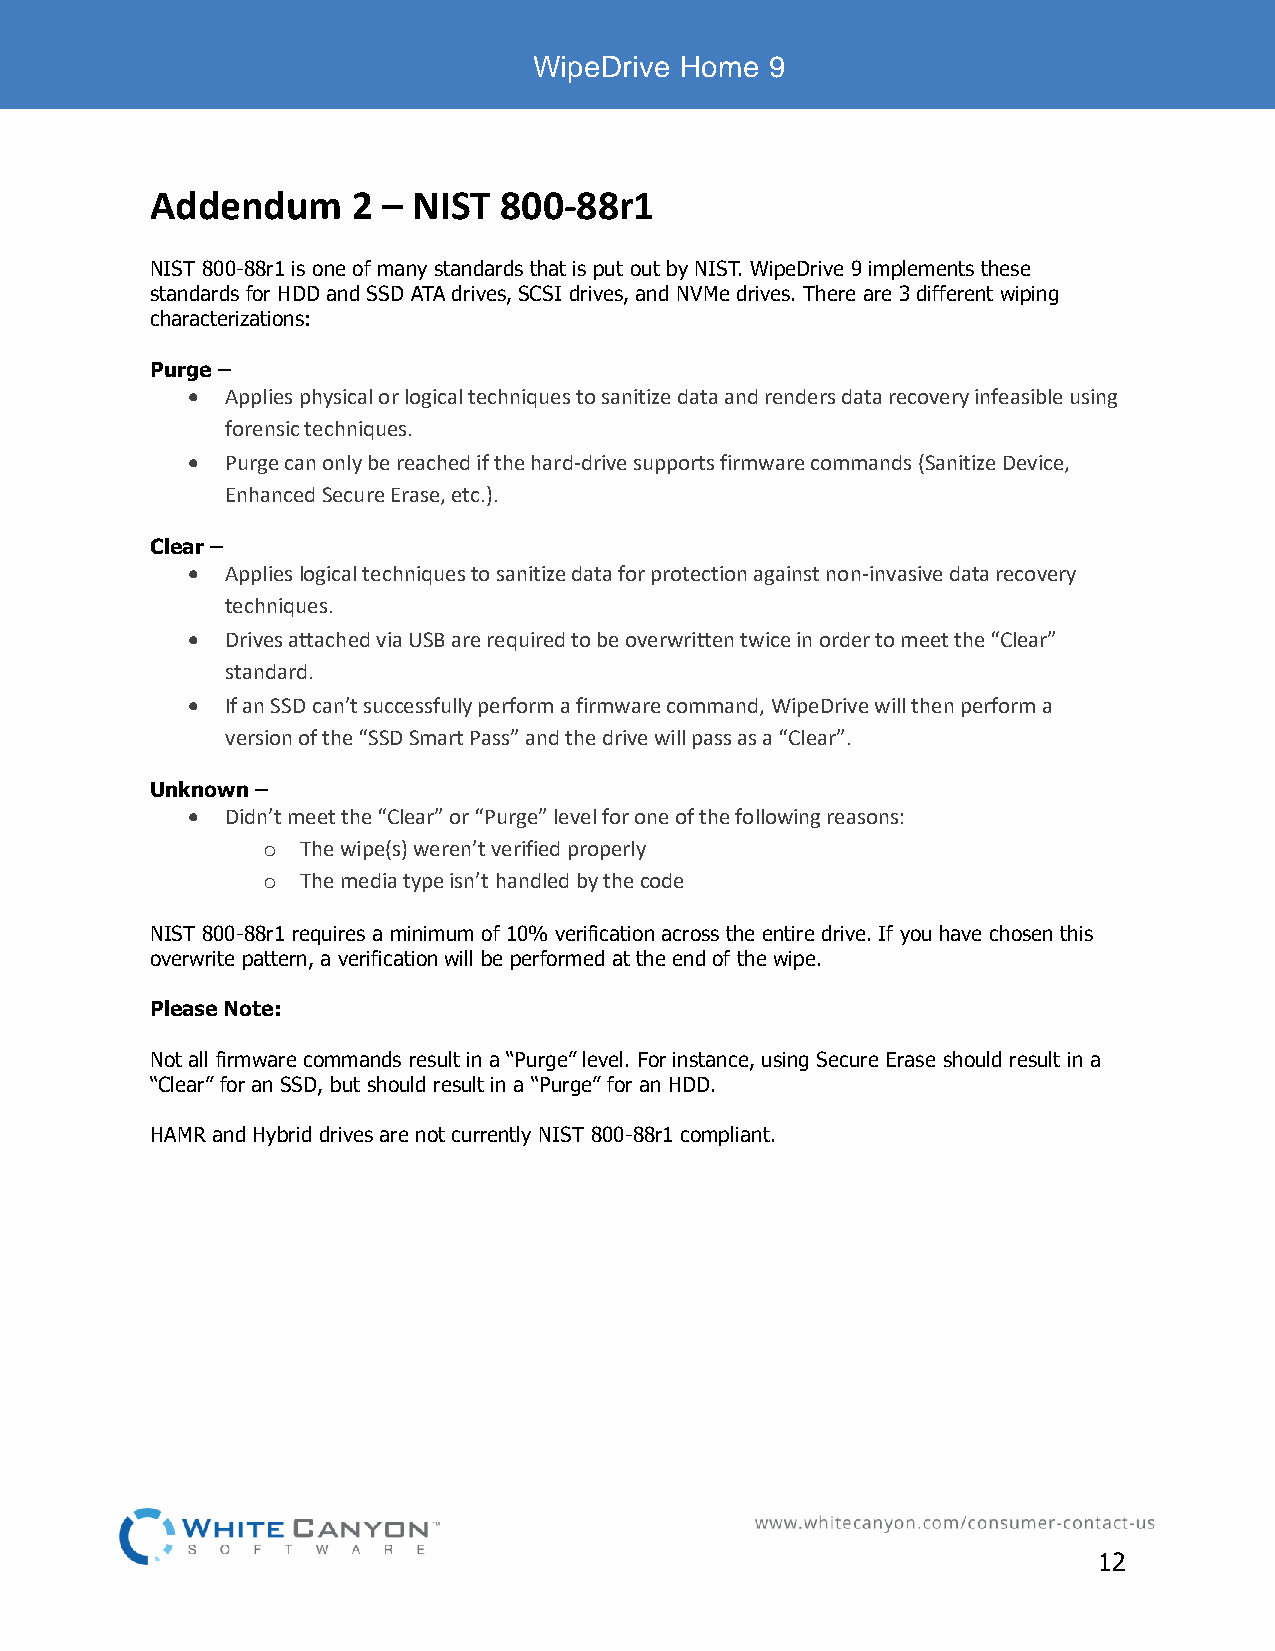
WipeDrive Home  9
 Addendum     2 – NIST  800-88r1
 NIST 800-88r1 is one of many standards that is put out by NIST. WipeDrive 9 implements these
 standards for HDD and SSD ATA drives, SCSI drives, and NVMe drives. There are 3 different wiping
 characterizations:
 Purge –
 •  Applies physical or logical techniques to sanitize data and renders data recovery infeasible using
 forensic techniques.
 •  Purge can only be reached if the hard-drive supports firmware commands (Sanitize Device,
 Enhanced Secure Erase, etc.).
 Clear –
 •  Applies logical techniques to sanitize data for protection against non-invasive data recovery
 techniques.
 •  Drives attached via USB are required to be overwritten twice in order to meet the “Clear”
 standard.
 •  If an SSD can’t successfully perform a firmware command, WipeDrive will then perform a
 version of the “SSD Smart Pass” and the drive will pass as a “Clear”.
 Unknown –
 •  Didn’t meet the “Clear” or “Purge” level for one of the following reasons:
 o  The wipe(s) weren’t verified properly
 o  The media type isn’t handled by the code
 NIST 800-88r1 requires a minimum of 10% verification across the entire drive. If you have chosen this
 overwrite pattern, a verification will be performed at the end of the wipe.
 Please Note:
 Not all firmware commands result in a “Purge” level. For instance, using Secure Erase should result in a
 “Clear” for an SSD, but should result in a “Purge” for an HDD.
 HAMR and Hybrid drives are not currently NIST 800-88r1 compliant.
 12